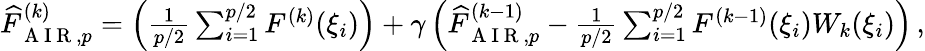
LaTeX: \begin{array}{r}{\widehat{F}_{\mathrm{~A~I~R~},p}^{(k)}=\left(\frac{1}{p/2}\sum_{i=1}^{p/2}F^{(k)}(\xi_{i})\right)+\gamma\left(\widehat{F}_{\mathrm{~A~I~R~},p}^{(k-1)}-\frac{1}{p/2}\sum_{i=1}^{p/2}F^{(k-1)}(\xi_{i})W_{k}(\xi_{i})\right)\, ,}\end{array}